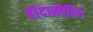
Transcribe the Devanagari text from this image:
हांदानोविच